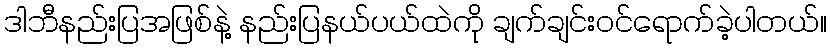
ဒါဘီနည်းပြအဖြစ်နဲ့ နည်းပြနယ်ပယ်ထဲကို ချက်ချင်းဝင်ရောက်ခဲ့ပါတယ်။